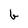
Character: b